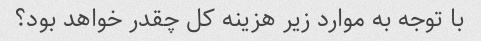
با توجه به موارد زیر هزینه کل چقدر خواهد بود؟